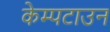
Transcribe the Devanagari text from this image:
केम्पटाउन